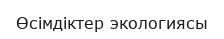
Өсімдіктер экологиясы